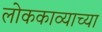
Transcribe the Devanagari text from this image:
लोककाव्याच्या